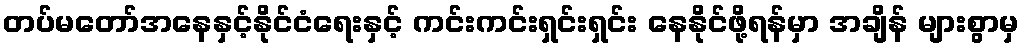
တပ်မတော်အနေနှင့်နိုင်ငံရေးနှင့် ကင်းကင်းရှင်းရှင်း နေနိုင်ဖို့ရန်မှာ အချိန် များစွာမှ